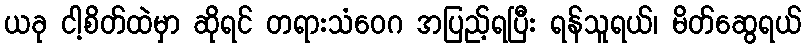
ယခု ငါ့စိတ်ထဲမှာ ဆိုရင် တရားသံဝေဂ အပြည့်ရပြီး ရန်သူရယ်၊ မိတ်ဆွေရယ်